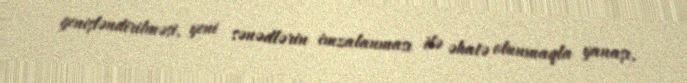
genişləndirilməsi, yeni sənədlərin imzalanması ilə əhatə olunmaqla yanaşı,